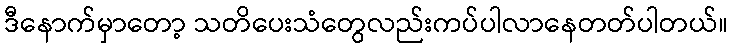
ဒီနောက်မှာတော့ သတိပေးသံတွေလည်းကပ်ပါလာနေတတ်ပါတယ်။